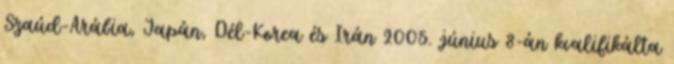
Szaúd-Arábia, Japán, Dél-Korea és Irán 2005. június 8-án kvalifikálta